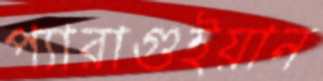
প্যারাগুইয়ান